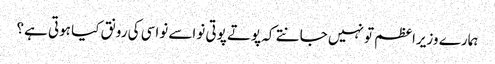
ہمارے وزیراعظم تو نہیں جانتے کہ پوتے پوتی نواسے نواسی کی رونق کیا ہوتی ہے؟